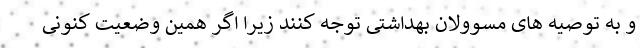
و به توصیه های مسوولان بهداشتی توجه کنند زیرا اگر همین وضعیت کنونی